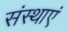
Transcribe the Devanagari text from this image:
संस्थाएं